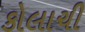
કોલાચી